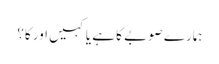
ہمارے صوبے کا ہے یا کہیں اور کا؟